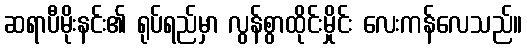
ဆရာပီမိုးနင်း၏ ရုပ်ရည်မှာ လွန်စွာထိုင်းမှိုင်း လေးကန်လေသည်။